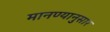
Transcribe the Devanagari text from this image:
मानण्यानुसार